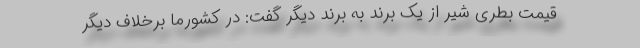
قیمت بطری شیر از یک برند به برند دیگر گفت: در کشورما برخلاف دیگر